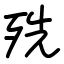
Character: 㱡